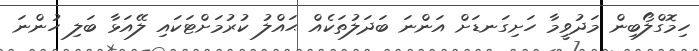
ހިމޮގްލޯބިން މަދުވީމާ ހަށިގަނޑަށް އަންނަ ބަދަލުތަކެއް ޙައްލު ކުރުމަށްޓަކައި ލޭއަޅާ ބަލި ހުންނަ